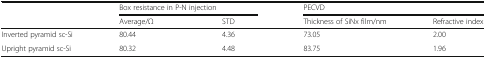
<table><thead><tr><td rowspan="2"></td><td colspan="2"><b>Box resistance in P-N injection</b></td><td colspan="2"><b>PECVD</b></td></tr><tr><td><b>Average/Ω</b></td><td><b>STD</b></td><td><b>Thickness of SiNx film/nm</b></td><td><b>Refractive index</b></td></tr></thead><tbody><tr><td>Inverted pyramid sc-Si</td><td>80.44</td><td>4.36</td><td>73.05</td><td>2.00</td></tr><tr><td>Upright pyramid sc-Si</td><td>80.32</td><td>4.48</td><td>83.75</td><td>1.96</td></tr></tbody></table>